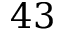
4 3